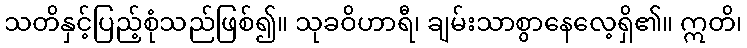
သတိနှင့်ပြည့်စုံသည်ဖြစ်၍။ သုခဝိဟာရီ၊ ချမ်းသာစွာနေလေ့ရှိ၏။ ဣတိ၊